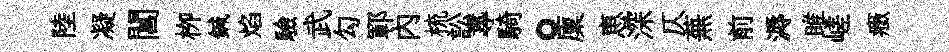
陸凝閶栁鍼焰驗武勾鄆内梳訟𡬶騎。廩恵深仄蕪前溽雎嵯癥